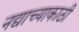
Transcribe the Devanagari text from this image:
नद्याच्याकाठी